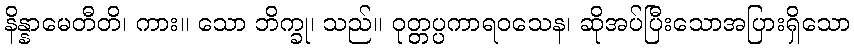
နိန္နာမေတီတိ၊ ကား။ သော ဘိက္ခု၊ သည်။ ဝုတ္တပ္ပကာရဝသေန၊ ဆိုအပ်ပြီးသောအပြားရှိသော